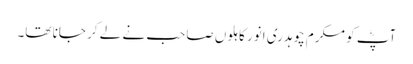
آپؓ کو مکرم چوہدری انور کاہلوں صاحب نے لے کر جانا تھا۔